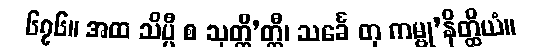
၆၇၆။ အထ သိပ္ပီ စ သုတ္တိ’တ္ထီ၊ သင်္ခေ တု ကမ္ဗု’နိတ္ထိယံ။